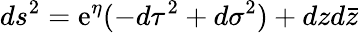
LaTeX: ds^{2}=\mathrm{e}^{\eta}(-d\tau^{2}+d\sigma^{2})+dzd\bar{{z}}